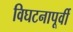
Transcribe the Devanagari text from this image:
विघटनापूर्वी